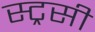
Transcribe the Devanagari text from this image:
स्ट्रसी